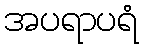
အပရာပရံ